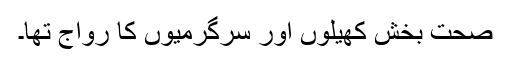
صحت بخش کھیلوں اور سرگرمیوں کا رواج تھا۔